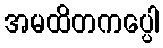
အမထိတကပ္ပေါ